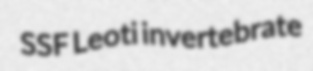
SSF Leoti invertebrate